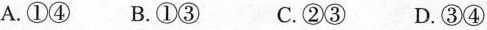
A.①④ B.①③ C.②③ D.③④